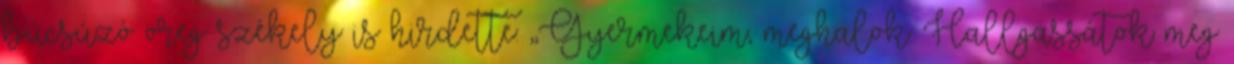
búcsúzó öreg székely is hirdette: ,,Gyermekeim, meghalok. Hallgassátok meg